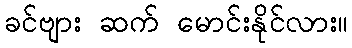
ခင်ဗျား ဆက် မောင်းနိုင်လား။